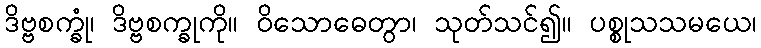
ဒိဗ္ဗစက္ခုံ၊ ဒိဗ္ဗစက္ခုကို။ ဝိသောဓေတွာ၊ သုတ်သင်၍။ ပစ္စုသသမယေ၊